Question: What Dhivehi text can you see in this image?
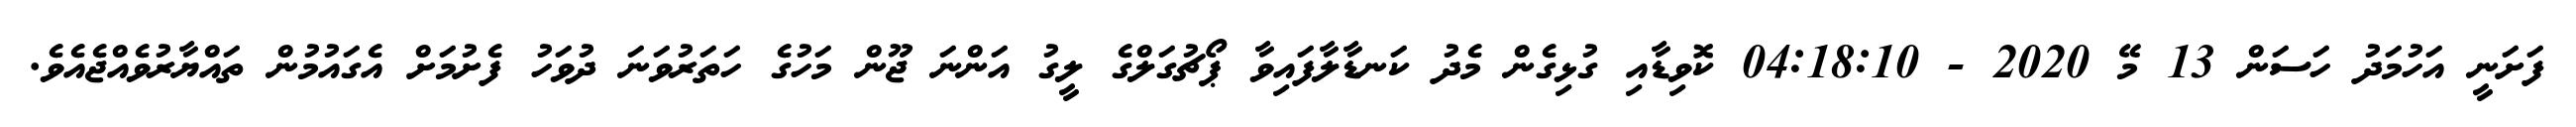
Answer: ފަށަނީ އަހުމަދު ހަސަން 13 މޭ 2020 - 04:18:10 ކޮވިޑާއި ގުޅިގެން މެދު ކަނޑާލާފައިވާ ޕޯޗުގަލްގެ ލީގު އަންނަ ޖޫން މަހުގެ ހަތަރުވަނަ ދުވަހު ފެށުމަށް އެގައުމުން ތައްޔާރުވެއްޖެއެވެ.